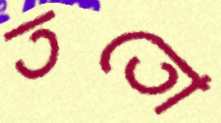
ততো